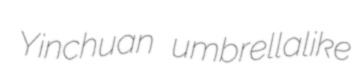
Yinchuan umbrellalike